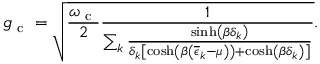
g _ { \mathrm { ~ c ~ } } = \sqrt { \frac { \omega _ { \mathrm { ~ c ~ } } } { 2 } \frac { 1 } { \sum _ { k } \frac { \sinh \left( \beta \delta _ { k } \right) } { \delta _ { k } \left[ \cosh \left( \beta \left( \overline { { \epsilon } } _ { k } - \mu \right) \right) + \cosh \left( \beta \delta _ { k } \right) \right] } } } .